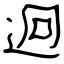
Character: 迥